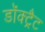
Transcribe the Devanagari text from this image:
डॉक्ट्रैट